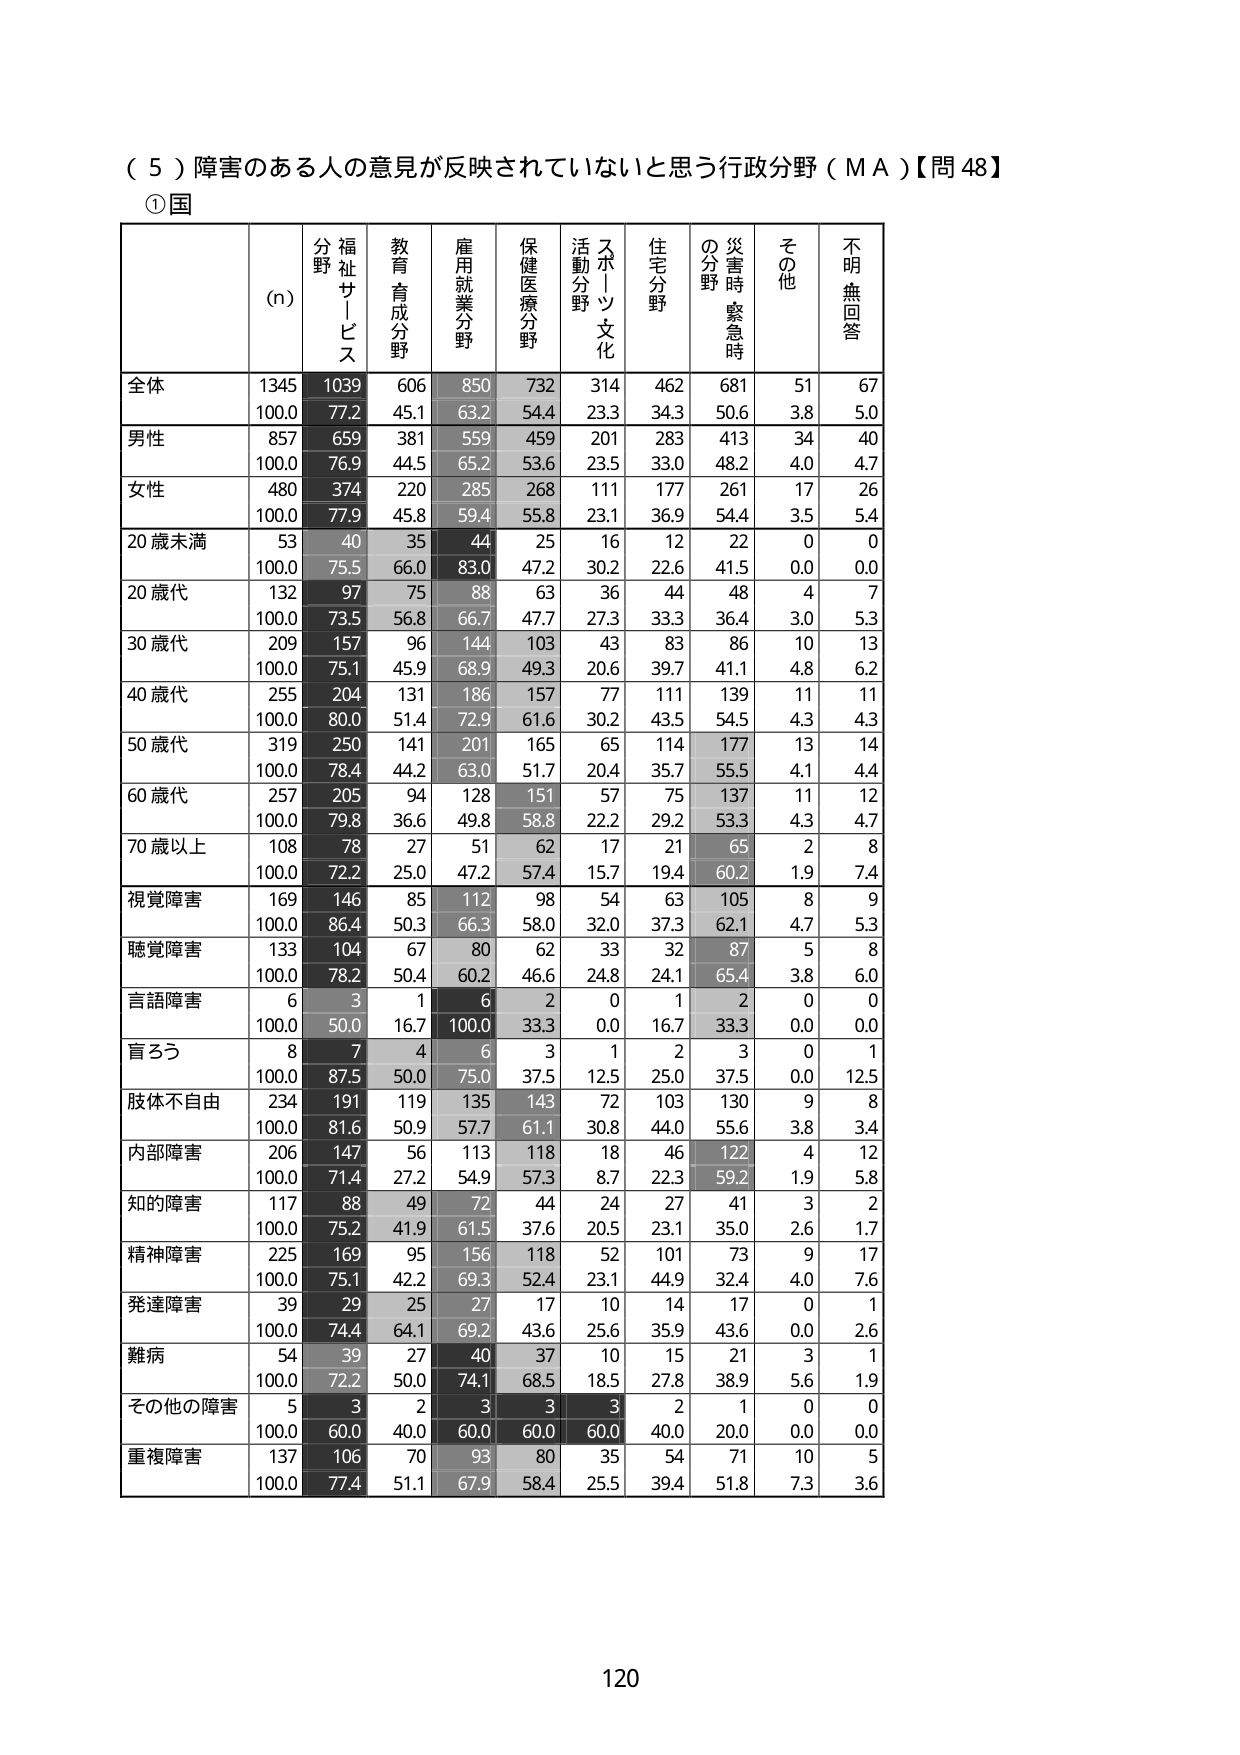
（５）障害のある人の意見が反映されていないと思う行政分野（ＭＡ）【問48】
①国
(n)
分野
福祉サービス
教育育成分野
雇用就業分野
保健医療分野
スポーツ文化活動分野
住宅分野
災害時緊急時の分野
その他
不明・無回答
全体
1345
1039
606
850
732
314
462
681
51
67
100.0
77.2
45.1
63.2
54.4
23.3
34.3
50.6
3.8
5.0
男性
857
659
381
559
459
201
283
413
34
40
100.0
76.9
44.5
65.2
53.6
23.5
33.0
48.2
4.0
4.7
女性
480
374
220
285
268
111
177
261
17
26
100.0
77.9
45.8
59.4
55.8
23.1
36.9
54.4
3.5
5.4
20歳未満
53
40
35
44
25
16
12
22
0
0
100.0
75.5
66.0
83.0
47.2
30.2
22.6
41.5
0.0
0.0
20歳代
132
97
75
88
63
36
44
48
4
7
100.0
73.5
56.8
66.7
47.7
27.3
33.3
36.4
3.0
5.3
30歳代
209
157
96
144
103
43
83
86
10
13
100.0
75.1
45.9
68.9
49.3
20.6
39.7
41.1
4.8
6.2
40歳代
255
204
131
186
157
77
111
139
11
11
100.0
80.0
51.4
72.9
61.6
30.2
43.5
54.5
4.3
4.3
50歳代
319
250
141
201
165
65
114
177
13
14
100.0
78.4
44.2
63.0
51.7
20.4
35.7
55.5
4.1
4.4
60歳代
257
205
94
128
151
57
75
137
11
12
100.0
79.8
36.6
49.8
58.8
22.2
29.2
53.3
4.3
4.7
70歳以上
108
78
27
51
62
17
21
65
2
8
100.0
72.2
25.0
47.2
57.4
15.7
19.4
60.2
1.9
7.4
視覚障害
169
146
85
112
98
54
63
105
8
9
100.0
86.4
50.3
66.3
58.0
32.0
37.3
62.1
4.7
5.3
聴覚障害
133
104
67
80
62
33
32
87
5
8
100.0
78.2
50.4
60.2
46.6
24.8
24.1
65.4
3.8
6.0
言語障害
6
3
1
6
2
0
1
2
0
0
100.0
50.0
16.7
100.0
33.3
0.0
16.7
33.3
0.0
0.0
盲ろう
8
7
4
6
3
1
2
3
0
1
100.0
87.5
50.0
75.0
37.5
12.5
25.0
37.5
0.0
12.5
肢体不自由
234
191
119
135
143
72
103
130
9
8
100.0
81.6
50.9
57.7
61.1
30.8
44.0
55.6
3.8
3.4
内部障害
206
147
56
113
118
18
46
122
4
12
100.0
71.4
27.2
54.9
57.3
8.7
22.3
59.2
1.9
5.8
知的障害
117
88
49
72
44
24
27
41
3
2
100.0
75.2
41.9
61.5
37.6
20.5
23.1
35.0
2.6
1.7
精神障害
225
169
95
156
118
52
101
73
9
17
100.0
75.1
42.2
69.3
52.4
23.1
44.9
32.4
4.0
7.6
発達障害
39
29
25
27
17
10
14
17
0
1
100.0
74.4
64.1
69.2
43.6
25.6
35.9
43.6
0.0
2.6
難病
54
39
27
40
37
10
15
21
3
1
100.0
72.2
50.0
74.1
68.5
18.5
27.8
38.9
5.6
1.9
その他の障害
5
3
2
3
3
3
2
1
0
0
100.0
60.0
40.0
60.0
60.0
60.0
40.0
20.0
0.0
0.0
重複障害
137
106
70
93
80
35
54
71
10
5
100.0
77.4
51.1
67.9
58.4
25.5
39.4
51.8
7.3
3.6
120